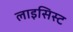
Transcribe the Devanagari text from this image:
लाइसिस्ट